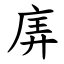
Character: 㢅